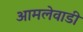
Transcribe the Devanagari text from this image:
आमलेवाडी